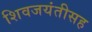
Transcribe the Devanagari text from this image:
शिवजयंतीसह